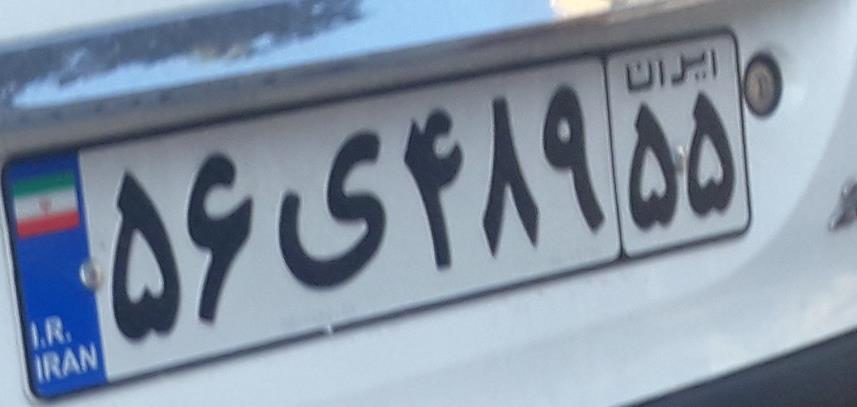
۵۶ی۴۸۹۵۵